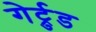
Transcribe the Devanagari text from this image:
गेर्ट्रुड